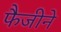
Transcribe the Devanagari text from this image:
फैजीने